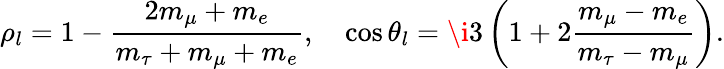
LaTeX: \rho_{l}=1-{\frac{2m_{\mu}+m_{e}}{m_{\tau}+m_{\mu}+m_{e}}},\quad\cos\theta_{l}=\i 3\left(1+2{\frac{m_{\mu}-m_{e}}{m_{\tau}-m_{\mu}}}\right).